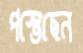
পস্তেছেন